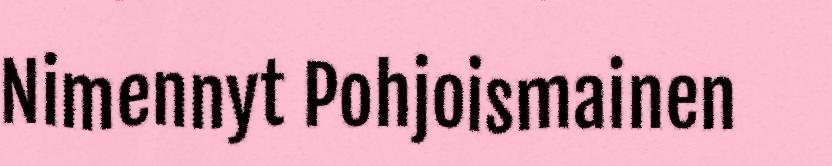
Nimennyt Pohjoismainen